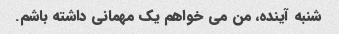
شنبه آینده، من می خواهم یک مهمانی داشته باشم.